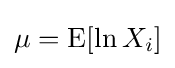
\mu =\operatorname {E} [\ln X_{i}]